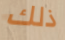
ذلك